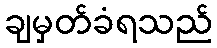
ချမှတ်ခံရသည်